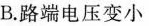
B.路端电压变小